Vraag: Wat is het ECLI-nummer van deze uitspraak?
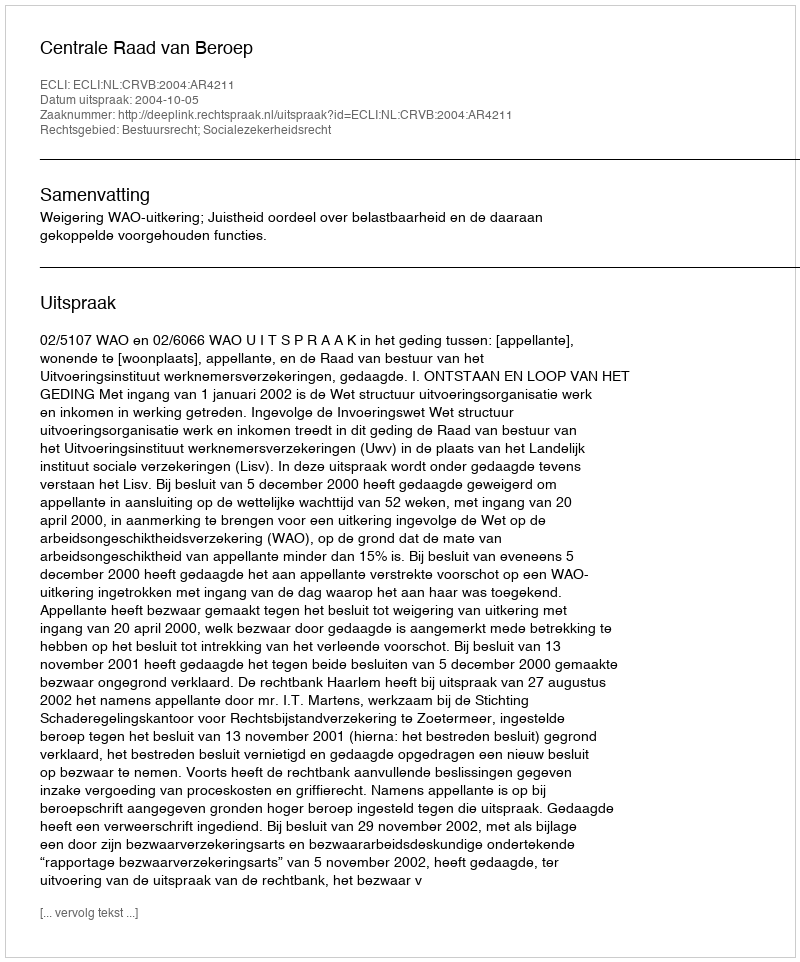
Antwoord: ECLI:NL:CRVB:2004:AR4211